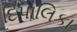
દિપાલિકા